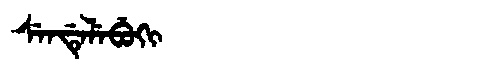
Manchu: ᠰᡝᠨᡩᡝᠯᡝᠪᡠᡴᡳ
Romanization: SENDELEBUKI